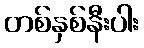
တစ်နှစ်နီးပါး